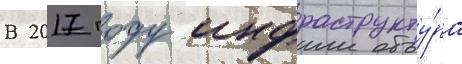
В 2017 году инфраструкту́ра